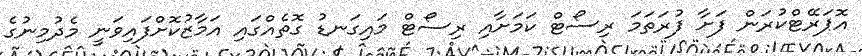
އޮޕަރޭޓްކުރަން ފަށާ ފުރަތަމަ ރިސޯޓް ކަމަށާއި ރިސޯޓް މައިގަނޑު ގޮތެއްގައި އަމާޒުކޮށްފައިވަނީ މެދުމިނުގެ